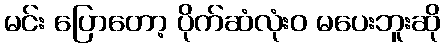
မင်း ပြောတော့ ပိုက်ဆံလုံးဝ မပေးဘူးဆို